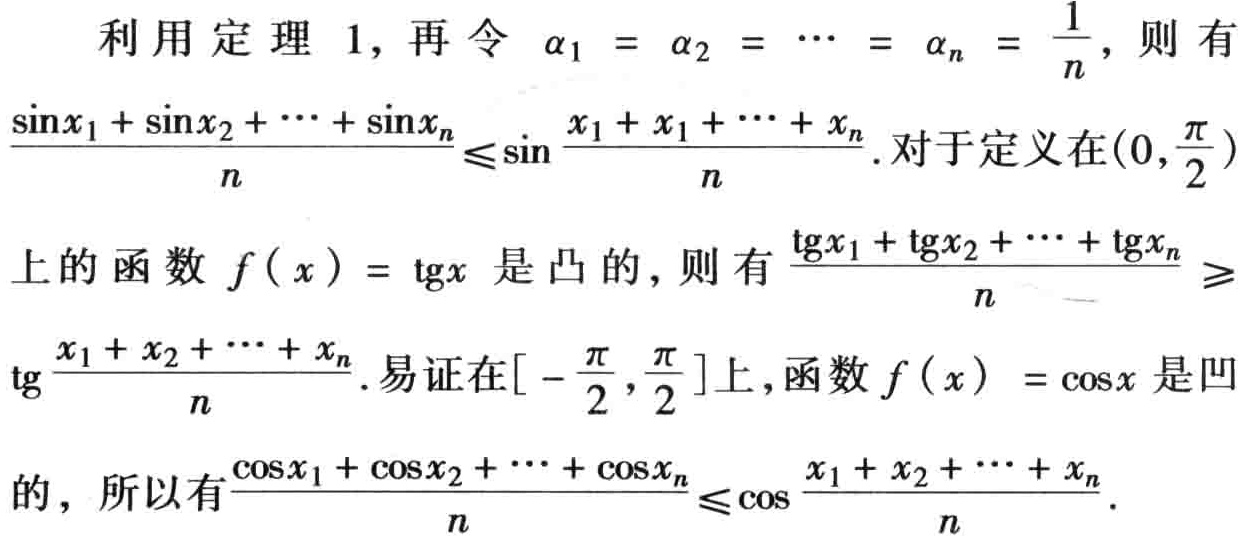
利用定理 1, 再令 $\alpha_1 = \alpha_2 = \cdots = \alpha_n = \frac{1}{n}$, 则有

$\frac{\sin x_1 + \sin x_2 + \cdots + \sin x_n}{n} \leqslant \sin\frac{x_1 + x_1 + \cdots + x_n}{n}$. 对于定义在$(0,\frac{\pi}{2})$

上的函数 $f(x) = \text{tg}x$ 是凸的, 则有 $\frac{\text{tg}x_1 + \text{tg}x_2 + \cdots + \text{tg}x_n}{n} \geqslant$

$\text{tg}\frac{x_1 + x_2 + \cdots + x_n}{n}$. 易证在$[-\frac{\pi}{2},\frac{\pi}{2}]$上,函数 $f(x) = \cos x$ 是凹

的, 所以有$\frac{\cos x_1 + \cos x_2 + \cdots + \cos x_n}{n} \leqslant \cos\frac{x_1 + x_2 + \cdots + x_n}{n}$.